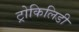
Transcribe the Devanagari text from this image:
ट्रोकिलिडी